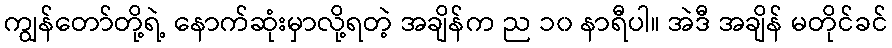
ကျွန်တော်တို့ရဲ့ နောက်ဆုံးမှာလို့ရတဲ့ အချိန်က ည ၁၀ နာရီပါ။ အဲဒီ အချိန် မတိုင်ခင်